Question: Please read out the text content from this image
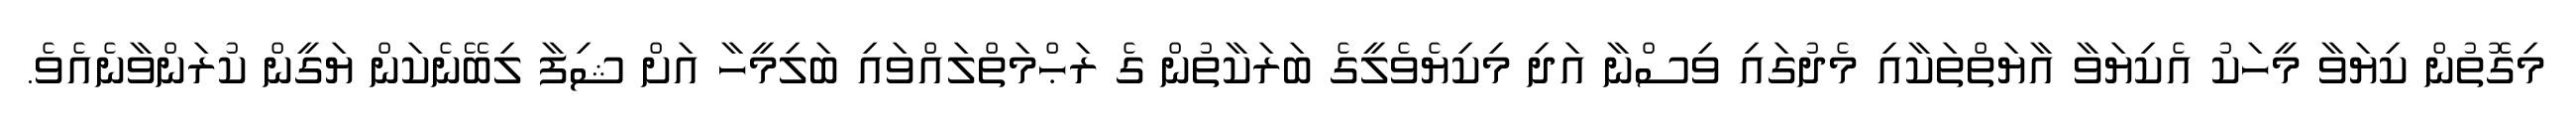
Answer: މިގޮތުން ކިޔަވާ މީހަކު އެކިޔަވާ އާޔަތްތަކާއި މެދުގައި ވިސްނާ އަދި މިކިޔެވެލީގެ ބަރަކާތުން ގެ ރަޙްމަތްލައްވައި ބަލިމީހާ އަށް ޝިފާ ލިބޭނެކަން ޔަގީން ކުރަންވާނެއެވެ.